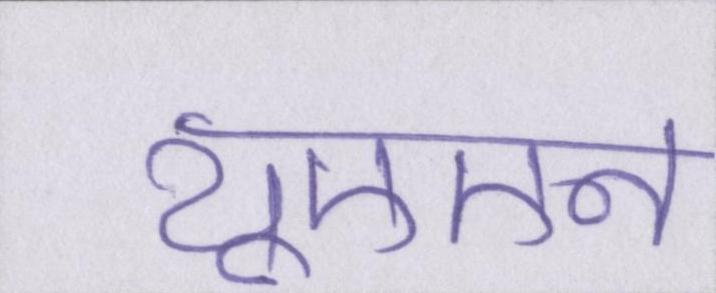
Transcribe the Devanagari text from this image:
यूएएन